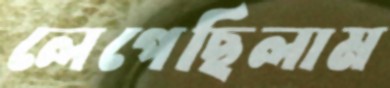
লেপেছিলাম